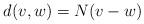
LaTeX: \begin{align*} d(v, w) = N(v - w)\end{align*}